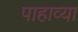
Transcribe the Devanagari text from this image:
पाहाव्या